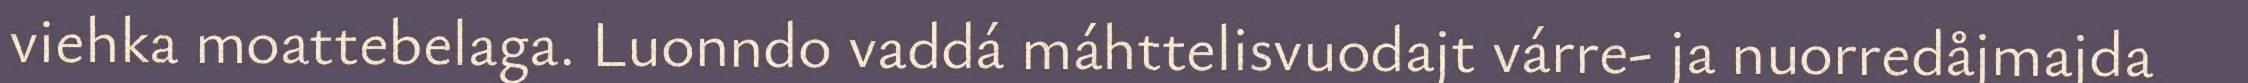
viehka moattebelaga. Luonndo vaddá máhttelisvuodajt várre- ja nuorredåjmajda